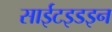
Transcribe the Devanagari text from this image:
साईटइडइन